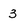
Character: 3